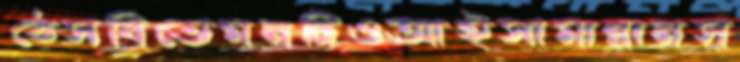
ঠেসবিতেমনটিওআইসামান্নানস